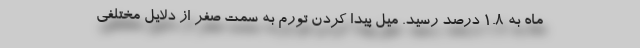
ماه به ۱.۸ درصد رسید. میل پیدا کردن تورم به سمت صفر از دلایل مختلفی